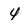
Character: 4